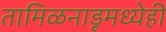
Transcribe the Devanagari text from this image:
तामिळनाडूमध्येही